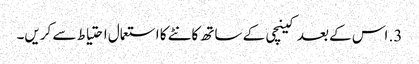
3. اس کے بعد کینچی کے ساتھ کانٹے کا استعمال احتیاط سے کریں۔